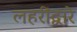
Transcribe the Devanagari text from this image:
लहरींद्वारे